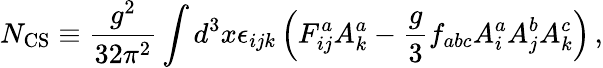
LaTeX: N_{\mathrm{CS}}\equiv\frac{g^{2}}{32\pi^{2}}\int d^{3}x\epsilon_{ijk}\left(F_{ij}^{a}A_{k}^{a}-\frac{g}{3}f_{abc}A_{i}^{a}A_{j}^{b}A_{k}^{c}\right)\, ,